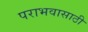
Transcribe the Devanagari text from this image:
पराभवासाठी